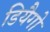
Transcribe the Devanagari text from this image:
डियैगो